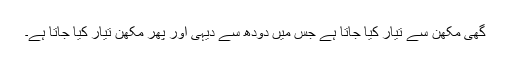
گھی مکھن سے تیار کیا جاتا ہے جس میں دودھ سے دیہی اور پھر مکھن تیار کیا جاتا ہے۔